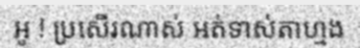
អូ ! ប្រសើរណាស់ អត់ទាស់តាហ្មង